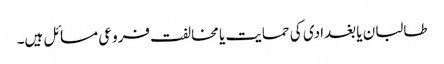
طالبان یا بغدادی کی حمایت یا مخالفت فروعی مسائل ہیں۔